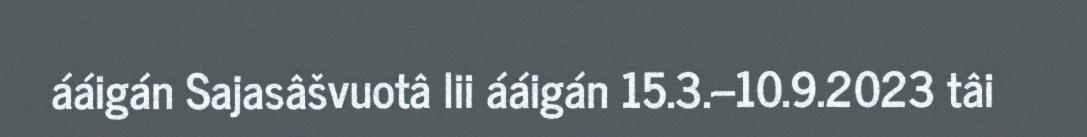
ááigán Sajasâšvuotâ lii ááigán 15.3.–10.9.2023 tâi